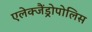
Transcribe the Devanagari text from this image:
एलेक्जैंड्रोपोलिस